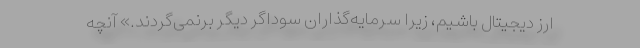
ارز دیجیتال باشیم، زیرا سرمایه‌گذاران سوداگر دیگر برنمی‌گردند.» آنچه